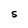
Character: S